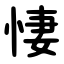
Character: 悽